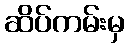
ဆိပ်ကမ်းမှ